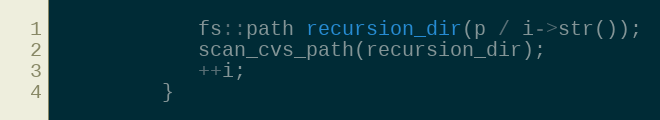
Language: C++
            fs::path recursion_dir(p / i->str());
            scan_cvs_path(recursion_dir);
            ++i;
         }